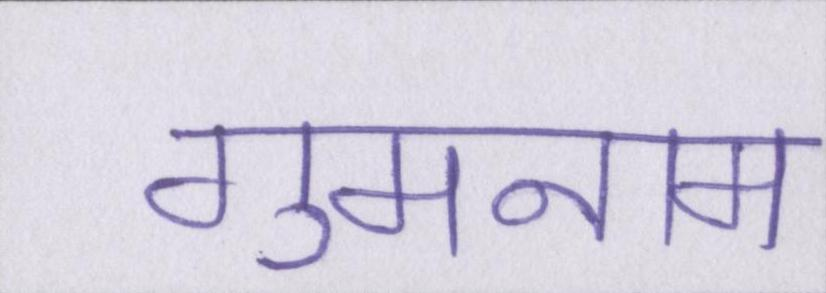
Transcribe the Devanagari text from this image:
गुमनाम